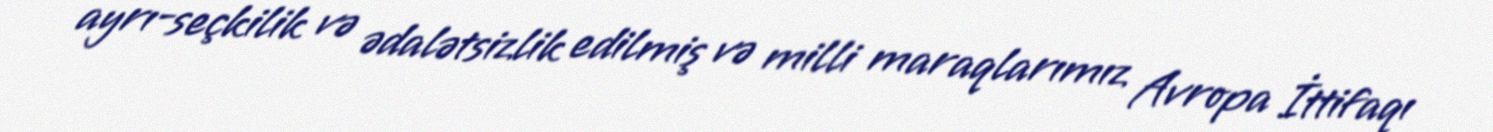
ayrı-seçkilik və ədalətsizlik edilmiş və milli maraqlarımız Avropa İttifaqı